system: You are a helpful assistant.
user:
Analyze the provided spectrum to determine if it is a **S-type Star**.

- **Key Indicators for S-type Star:**

    - **(Overall Spectrum Shape):** The first and most obvious characteristic is the overall continuum (the "baseline" shape). It is **extremely "red-sloping,"** meaning the flux (light intensity) is very low on the left side (blue, ~4000-4500 Å) and rises steeply and continuously toward the right side (red, ~7000 Å+).

    - **(Primary):** The spectrum is defined by the presence of strong, broad molecular absorption "valleys" (bands) from **Zirconium Oxide (ZrO)**. The identification of these bands is the **primary requirement** for classifying a star as S-type.
        - **(Key Bandheads):** You must find distinct, deep "dips" where the light has been absorbed. The most critical band systems to locate are:
            - **~6474 Å** ($\gamma$-system): This is often the strongest and clearest ZrO feature, found in the red part of the spectrum.
            - **~5718 Å** & **~5551 Å** ($\beta$-system): A pair of prominent absorption features in the yellow-orange part of the spectrum.
            - **~4640 Å** ($\alpha$-system): A key absorption band system in the blue-green region of the spectrum.

    - **(Secondary Confirmation):** The classification is strengthened by finding additional absorption bands from other related heavy element oxides, which are expected to be present alongside ZrO.
        - **(Key Bandheads):**
            - **Yttrium Oxide (YO):** Look for absorption dips near **~4800 Å** and **~6100 Å**.
            - **Lanthanum Oxide (LaO):** Additional absorption features, particularly in the red-orange part of the spectrum, are also characteristic.

    - **(Line Profile):** The combination of the steep red continuum and these numerous, deep molecular bands (ZrO, YO, etc.) gives the entire spectrum a very **"chopped-up"** or **"bumpy"** appearance. Instead of a smooth curve, the spectrum looks as though large, wide chunks of light have been "carved out" of it at the specific wavelengths listed above.

Think first, call **spectral_visualization_tool** if needed to examine features in detail, then provide your final answer. Your response must adhere to the following strict rules:
1.  **Overall Structure:** Your response must follow the format `<think>...</think> <tool_call>...</tool_call> (if a tool is used) <answer>...</answer>`.
2.  **Tool Usage Constraint:** You may only make **one** tool call per turn.
3.  **Final Answer Format:** In the `<answer>` tag, your conclusion must be inside a `\boxed{}` command (e.g., `\boxed{YES}` or `\boxed{NO}`), followed by your justification.

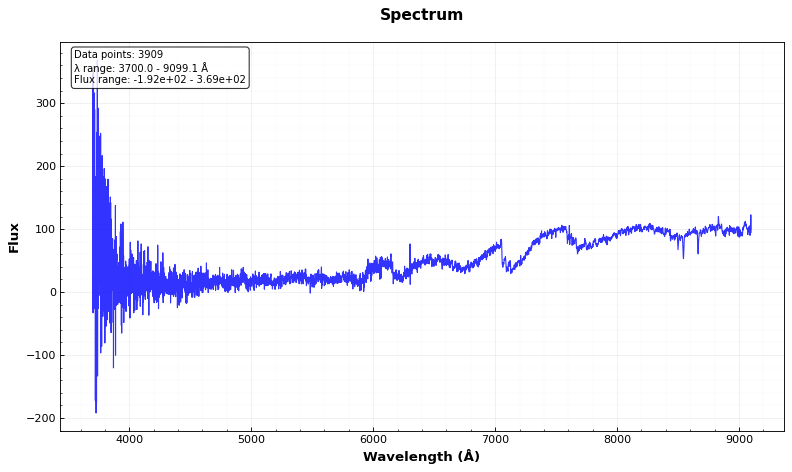
Answer: YES